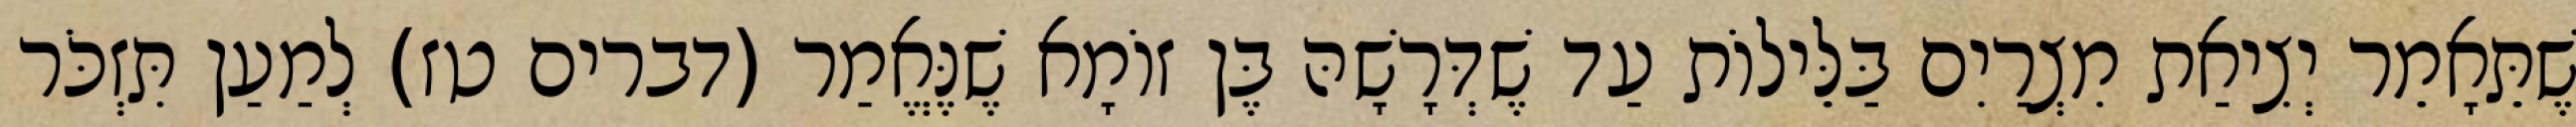
שֶׁתֵּאָמֵר יְצִיאַת מִצְרַיִם בַּלֵּילוֹת עַד שֶׁדְּרָשָׁהּ בֶּן זוֹמָא שֶׁנֶּאֱמַר (דברים טז) לְמַעַן תִּזְכֹּר